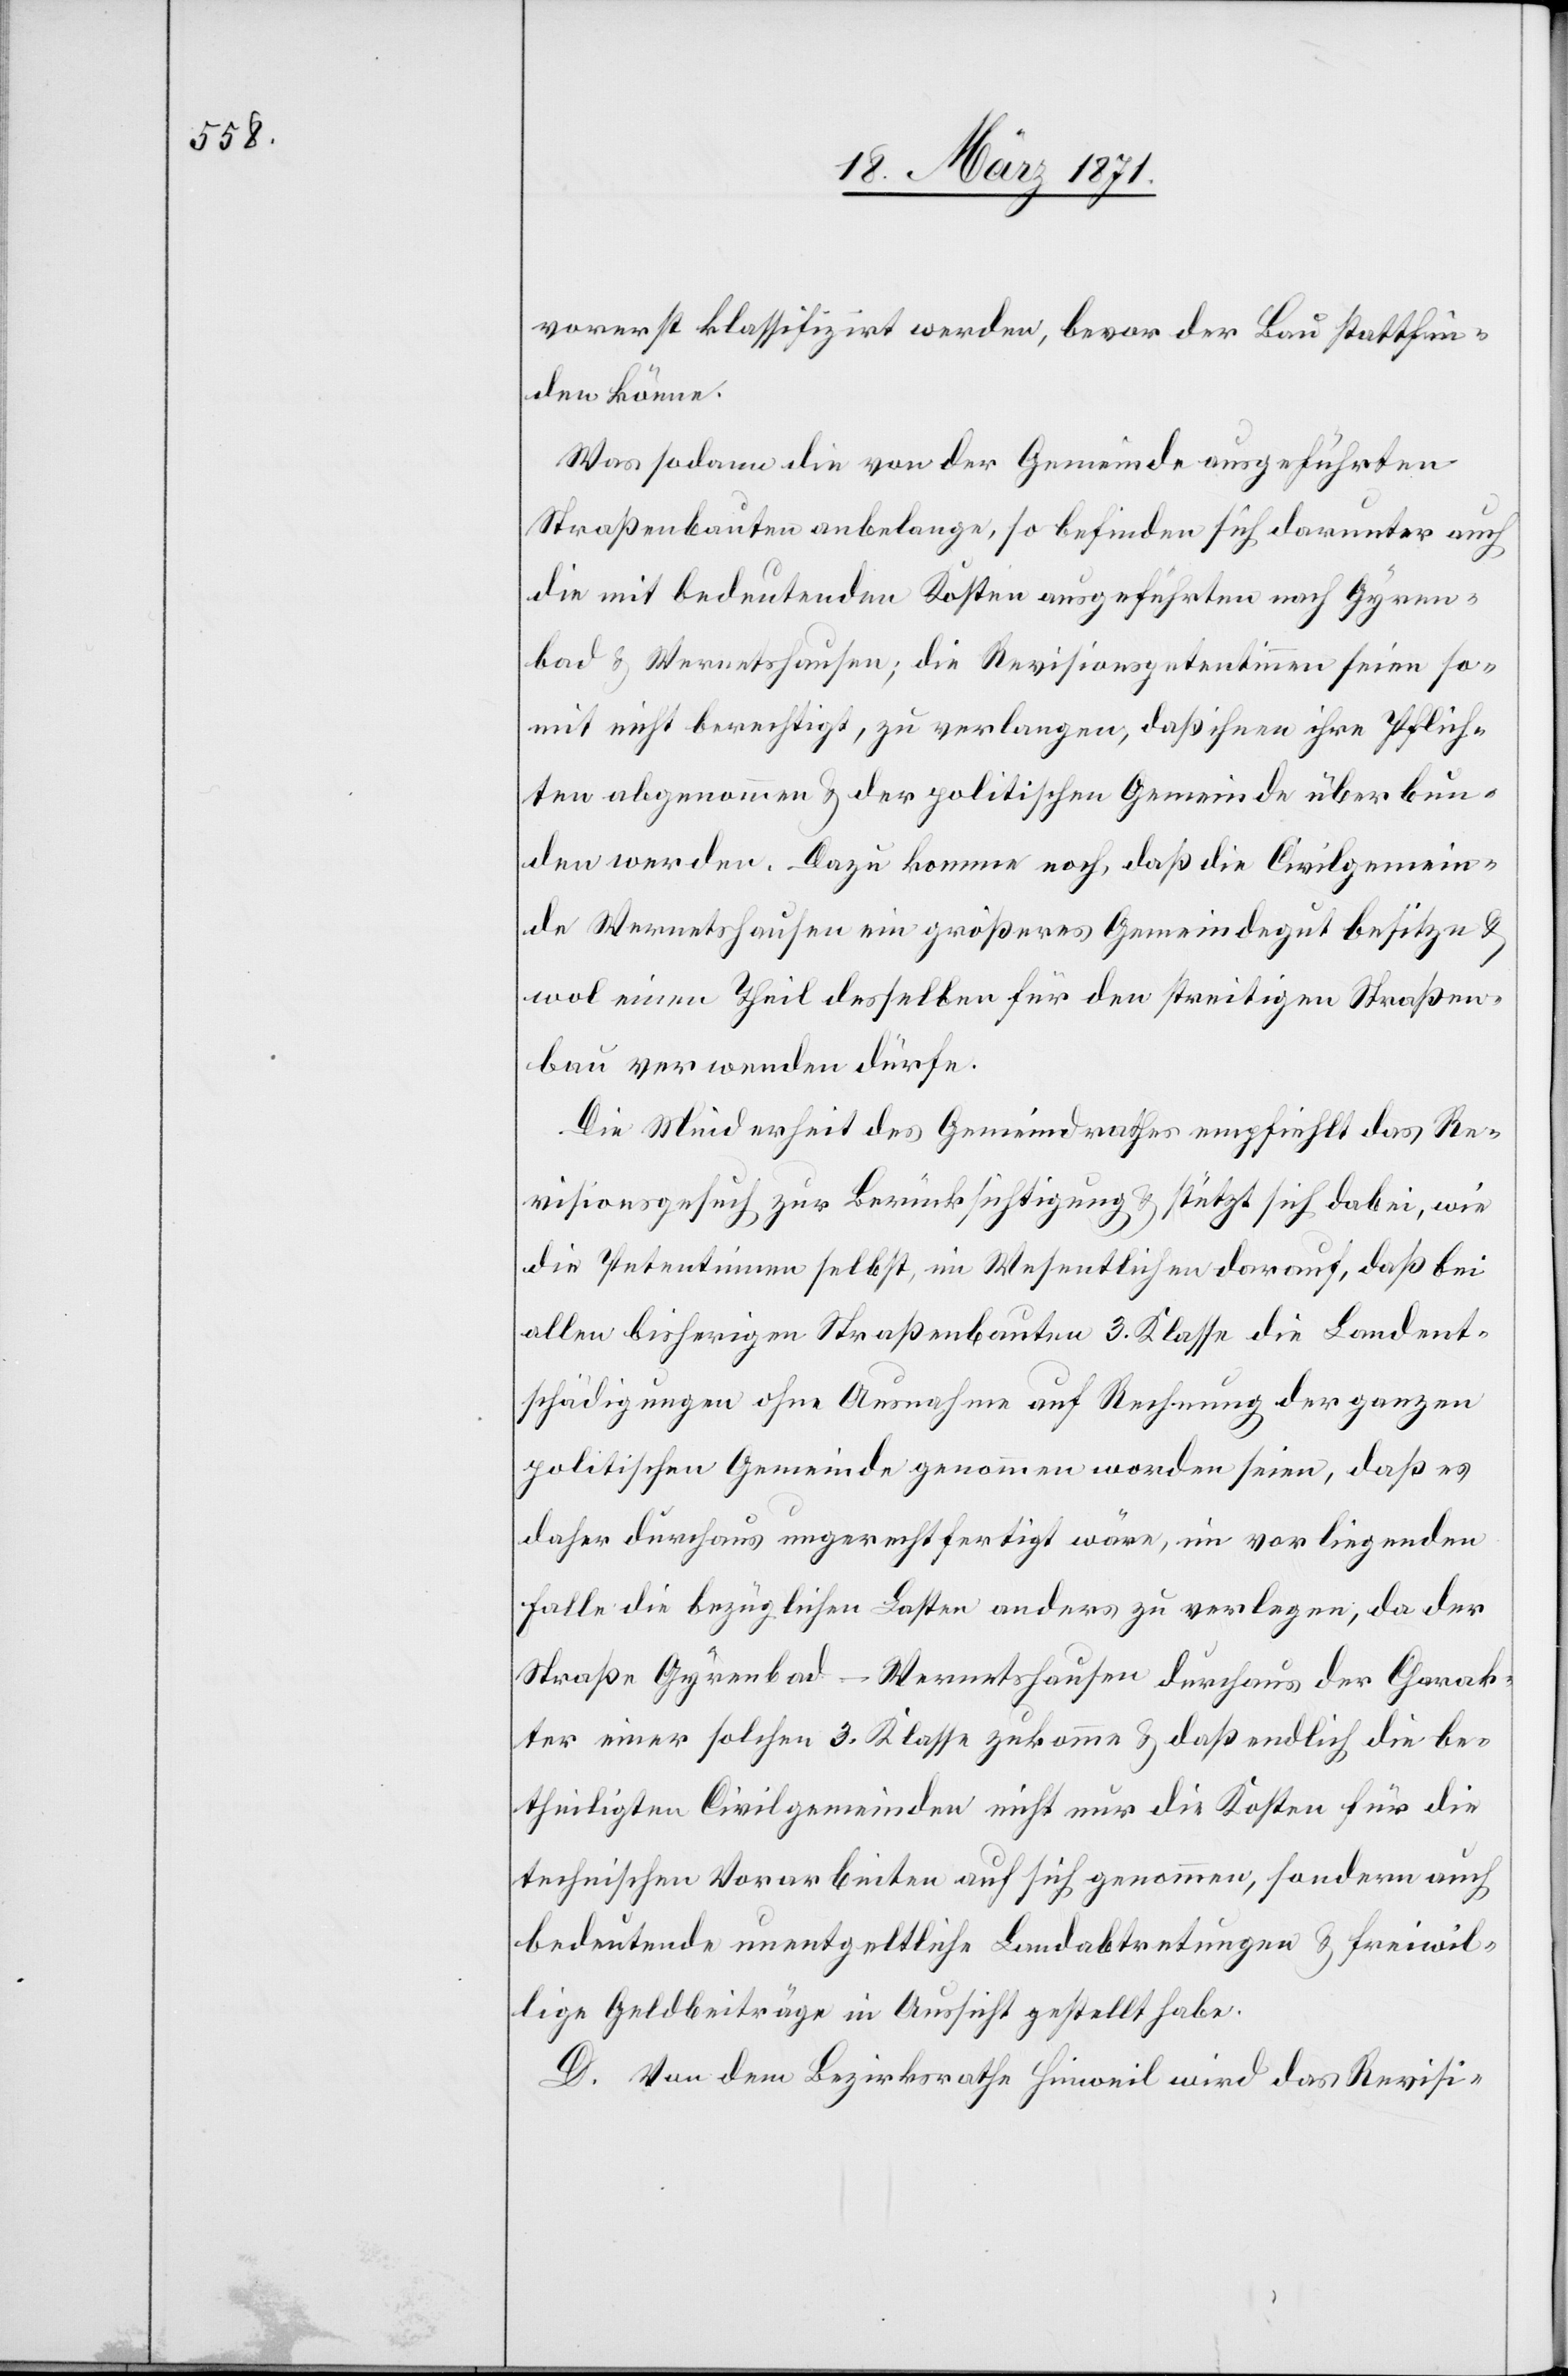
vorerst klassifizirt werden, bevor der Bau stattfin¬
den könne.
Was sodann die von der Gemeinde ausgeführten
Straßenbauten anbelange, so befinden sich darunter auch
die mit bedeutenden Kosten ausgeführten nach Gyren¬
bad u. Wernetshausen; die Revisionspetentinnen seien so¬
mit nicht berechtigt, zu verlangen, daß ihnen ihre Pflich¬
ten abgenommen u. der politischen Gemeinde überbun¬
den werden. Dazu komme noch, daß die Civilgemein¬
de Wernetshausen ein größeres Gemeindegut besitze u.
wol einen Theil desselben für den streitigen Straßen¬
bau verwenden dürfe.
Die Minderheit des Gemeindrathes empfiehlt das Re¬
visionsgesuch zur Berücksichtigung u. stützt sich dabei, wie
die Petentinnen selbst, im Wesentlichen darauf, daß bei
allen bisherigen Straßenbauten 3. Klasse die Landent¬
schädigung ohne Ausnahme auf Rechnung der ganzen
politischen Gemeinde genommen worden seien, daß es
daher durchaus ungerechtfertigt wäre, im vorliegenden
Falle die bezüglichen Lasten anders zu verlagen; da der
Straße Gyrenbad-Wernetshausen durchaus der Charak¬
ter einer solchen 3. Klasse zukomme u. daß endlich die be¬
theiligten Civilgemeinden nicht nur die Kosten für die
technischen Vorarbeiten auf sich genommen, sondern auch
bedeutende unentgeltliche Landabtretungen u. freiwil¬
lige Geldbeiträge in Aussicht gestellt habe.
D. Von dem Bezirksrathe Hinweil wird das Revisi-